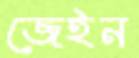
জেইন